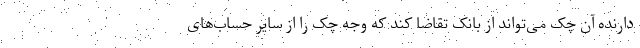
دارنده آن چک می‌تواند از بانک تقاضا کند که وجه چک را از سایر حساب‌های